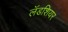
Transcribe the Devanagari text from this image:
लॅडशियर